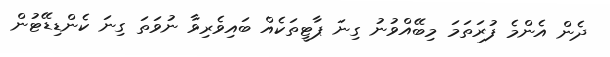
ދެން އެންމެ ފުރަތަމަ މިބޭއްވުނު ގިނަ ޕާޓީތަކެއް ބައިވެރިވާ ނުވަތަ ގިނަ ކެންޑިޑޭޓުން